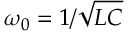
\omega _ { 0 } = 1 / \sqrt { L C }